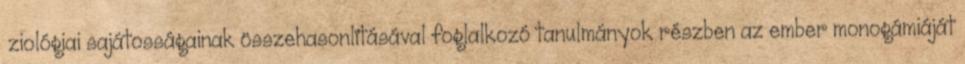
ﬁziológiai sajátosságainak összehasonlításával foglalkozó tanulmányok részben az ember monogámiáját